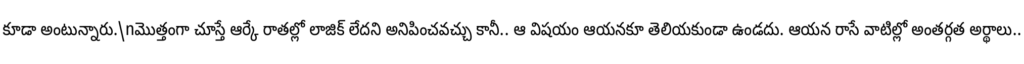
కూడా అంటున్నారు.\nమొత్తంగా చూస్తే ఆర్కే రాతల్లో లాజిక్ లేదని అనిపించవచ్చు కానీ.. ఆ విషయం ఆయనకూ తెలియకుండా ఉండదు. ఆయన రాసే వాటిల్లో అంతర్గత అర్థాలు..